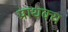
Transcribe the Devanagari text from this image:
प्राथक्य